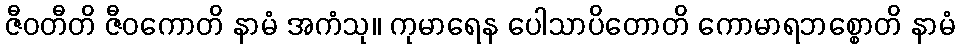
ဇီဝတီတိ ဇီဝကောတိ နာမံ အကံသု။ ကုမာရေန ပေါသာပိတောတိ ကောမာရဘစ္စောတိ နာမံ